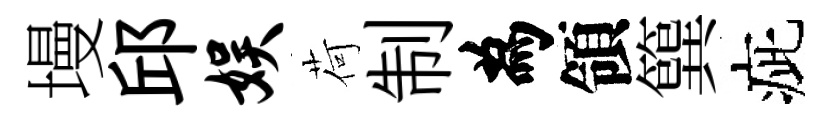
墁邱娱荷制為領簨疵